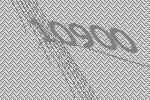
10900